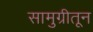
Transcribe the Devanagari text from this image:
सामुग्रीतून